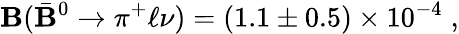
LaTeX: {\cal\mathbf{B}}(\bar{{\mathbf{B}}}^{0}\to\pi^{+}\ell\nu)=(1.1\pm0.5)\times10^{-4}\; ,